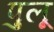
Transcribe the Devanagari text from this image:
पुलू